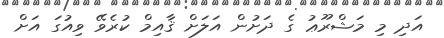
އަދި މި މަޝްރޫޢު ގެ ދަށުން އަލަށް ޤާއިމް ކުރެވޭ ވިއުގަ އަށް